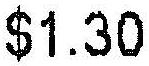
$1.30